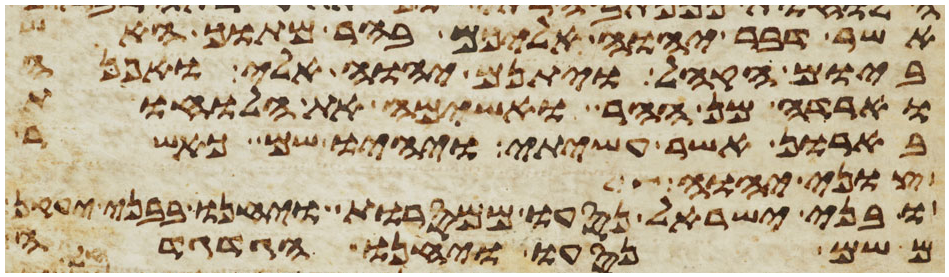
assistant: אשר דבר יהוה אליכם בהר מתוך האש
ביום הקהל ויתנם יהוה אלי ואפנה
וארדה מן ההר ואשימה את הלוחות
בארון אשר עשיתי ויהיו שם כאשר
צוני יהוה
ובני ישראל נסעו ממסרות ויחנו בבני יעקן
משם נסעו ויחנו הגדגדה